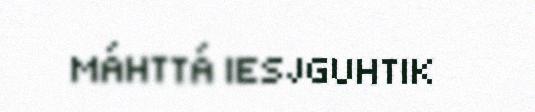
MÁHTTÁ IESJGUHTIK